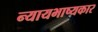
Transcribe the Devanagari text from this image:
न्यायभाष्यकार